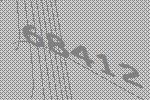
68412